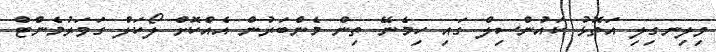
ވިލިނގިލި އަތޮޅު ކައުންސިލް ގައި ހިމެނޭ ތިން މެންބަރުން އެއްކޮށް ލޯކަލް ގަވަރުމެންޓް